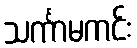
သင်္ကာမကင်း